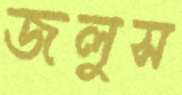
জলুস